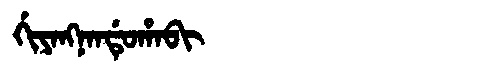
Manchu: ᡤᡳᠶᠠᠩᠨᠠᠨᡩᡠᡥᠠᠪᡳ
Romanization: GIYANGNANDUHABI